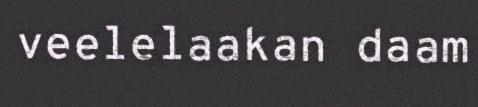
veelelaakan daam